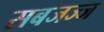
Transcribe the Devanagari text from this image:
सबजज्ज